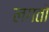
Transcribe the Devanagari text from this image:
लगतो